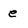
Character: e